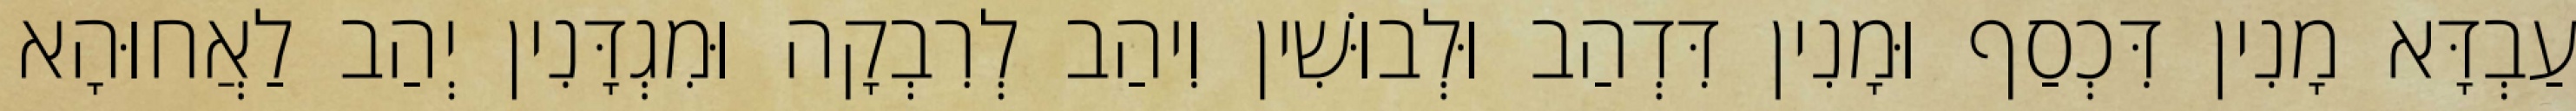
עַבְדָּא מָנִין דִּכְסַף וּמָנִין דִּדְהַב וּלְבוּשִׁין וִיהַב לְרִבְקָה וּמִגְדָּנִין יְהַב לַאֲחוּהָא